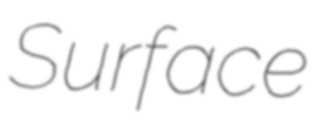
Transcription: Surface